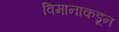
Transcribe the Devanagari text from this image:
विमानाकडून